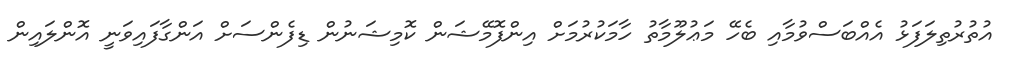
އުތުރުތިލަފަޅު އެއްބަސްވުމާއި ބެހޭ މަޢުލޫމާތު ހާމަކުރުމަށް އިންފޮމޭޝަން ކޮމިޝަނުން ޑިފެންސަށް އަންގާފައިވަނީ އޮންލައިން